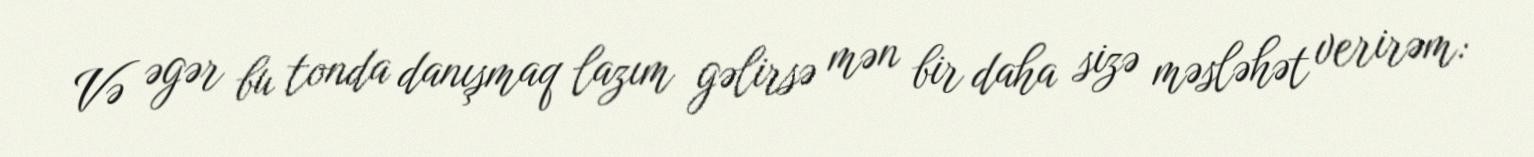
Və əgər bu tonda danışmaq lazım gəlirsə mən bir daha sizə məsləhət verirəm: